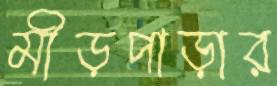
মীড়পাড়ার